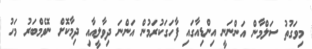
މިވަގުތު ސަލްމާން އަންނަނީ އިންޑިއާގައި ފާހަގަކުރަމުން އަންނަ ދިވާލީއާއި ދިމާކޮށް ނޮވެމްބަރު މަހު